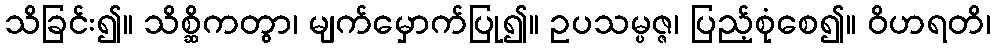
သိခြင်း၍။ သိစ္ဆိကတွာ၊ မျက်မှောက်ပြု၍။ ဥပသမ္ပဇ္ဇ၊ ပြည့်စုံစေ၍။ ဝိဟရတိ၊